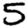
Digit: 5